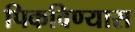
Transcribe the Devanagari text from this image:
पिकविण्यास